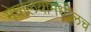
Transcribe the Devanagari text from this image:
मेघालयामधीलच